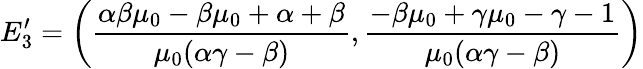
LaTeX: E_{3}^{\prime}=\bigg(\frac{\alpha\beta\mu_{0}-\beta\mu_{0}+\alpha+\beta}{\mu_{0}(\alpha\gamma-\beta)},\frac{-\beta\mu_{0}+\gamma\mu_{0}-\gamma-1}{\mu_{0}(\alpha\gamma-\beta)}\bigg)